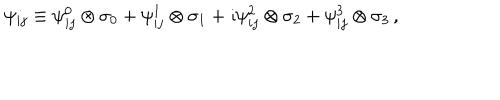
\psi _ { i j } \equiv \psi _ { i j } ^ { 0 } \otimes \sigma _ { 0 } + \psi _ { i j } ^ { 1 } \otimes \sigma _ { 1 } + \imath \psi _ { i j } ^ { 2 } \otimes \sigma _ { 2 } + \psi _ { i j } ^ { 3 } \otimes \sigma _ { 3 } \, ,